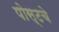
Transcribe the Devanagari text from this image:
पोस्टचे